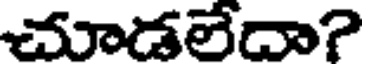
చూడలేదా?